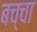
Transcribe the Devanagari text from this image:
बच्‍चा